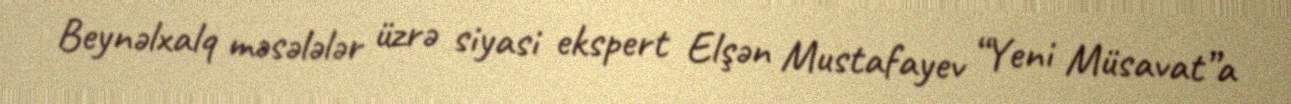
Beynəlxalq məsələlər üzrə siyasi ekspert Elşən Mustafayev “Yeni Müsavat”a